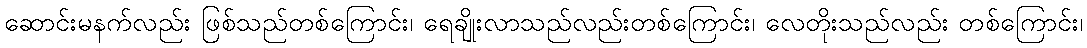
ဆောင်းမနက်လည်း ဖြစ်သည်တစ်ကြောင်း၊ ရေချိုးလာသည်လည်းတစ်ကြောင်း၊ လေတိုးသည်လည်း တစ်ကြောင်း၊